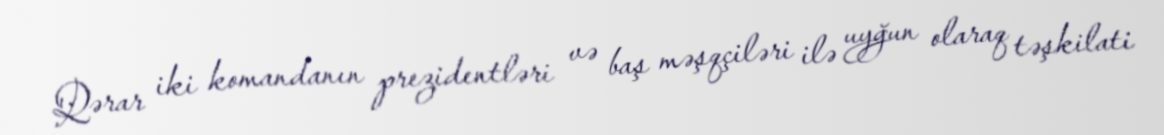
Qərar iki komandanın prezidentləri və baş məşqçiləri ilə uyğun olaraq təşkilati